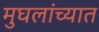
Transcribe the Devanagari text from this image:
मुघलांच्यात